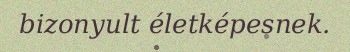
bizonyult életképesnek.